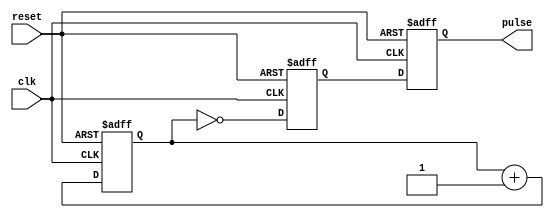
module AsyncPulseGenerator (
    input wire clk,
    input wire reset,
    output reg pulse
);

reg [15:0] counter;
reg pulse_x;

always @(posedge clk or posedge reset) begin
    if (reset) begin
        counter <= 16'd0;
    end else begin
        counter <= counter + 1;
    end
end

always @(posedge clk or posedge reset) begin
    if (reset) begin
        pulse_x <= 1'b0;
    end else begin
        pulse_x <= (counter == 16'd0);
    end
end

always @(posedge clk or posedge reset) begin
    if (reset) begin
        pulse <= 1'b0;
    end else begin
        pulse <= pulse_x;
    end
end

endmodule